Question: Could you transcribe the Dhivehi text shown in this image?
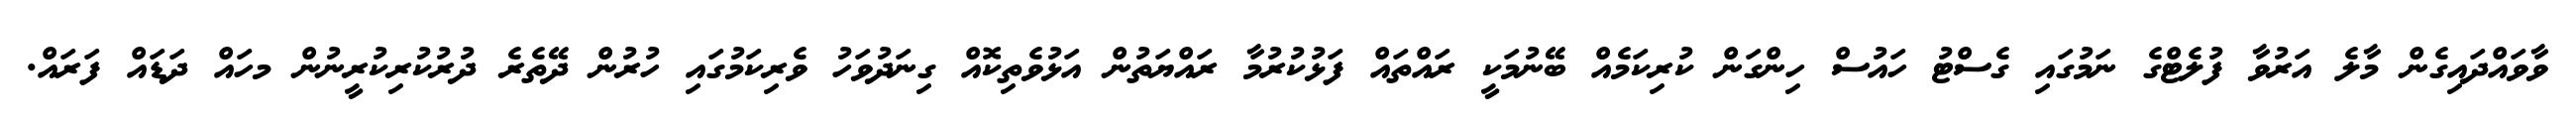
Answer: ވާވައްދައިގެން މާލެ އަރުވާ ފުލެޓްގެ ނަމުގައި ގެސްޓު ހައުސް ހިންގަން ކުރިކަމެއް ބޭނުމަކީ ރައްތައް ފަޅުކުރުމާ ރައްޔަތުން އަޅުވެތިކޮއް ގިނަދުވަހު ވެރިކަމުގައި ހުރުން ދޭތެރެ ދުރުކުރިކުރީނުން މހައް ދަޑައް ފަރައް.